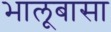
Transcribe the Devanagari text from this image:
भालूबासा